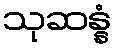
သုဆန္နံ